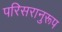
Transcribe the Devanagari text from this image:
परिसरानुरूप